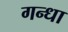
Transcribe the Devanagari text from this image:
गन्धा